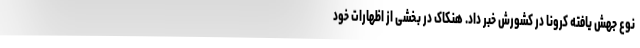
نوع جهش یافته کرونا در کشورش خبر داد. هنکاک در بخشی از اظهارات خود